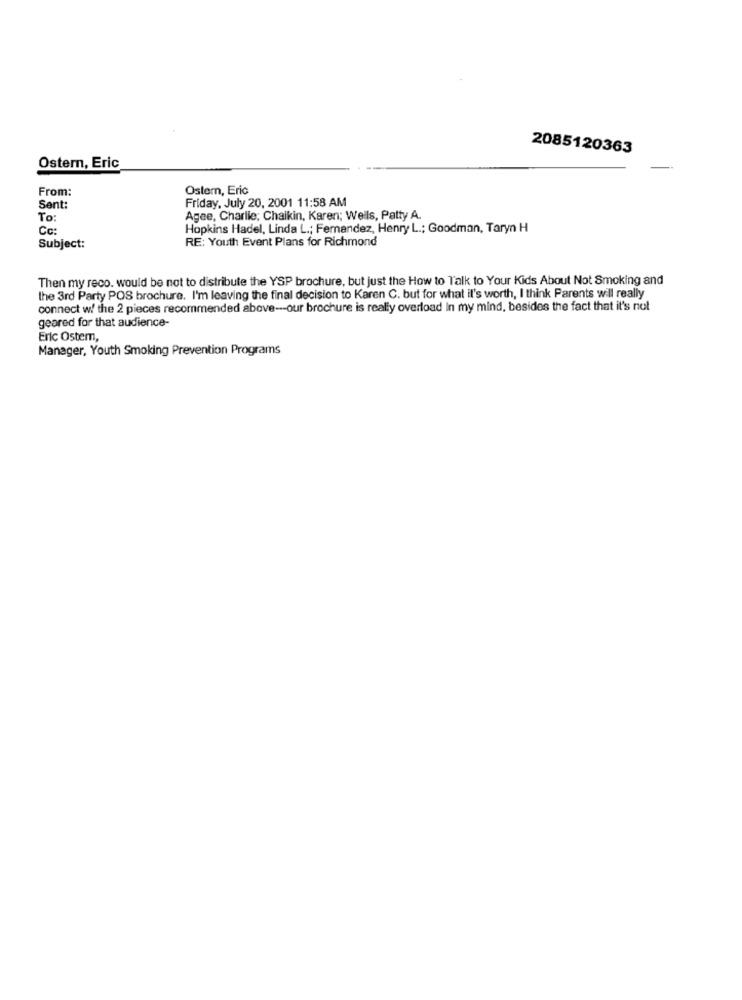
2085120363
Ostern, Eric
From:
Ostern, Eric
Friday, July 20, 2001 11:58 AM
Sent:
To
Agee, Charlie; Chaikin, Karen; Wells, Patty A.
Cc:
Hopkins Hadel, Linda L .; Fernandez, Henry L .; Goodman, Taryn H
RE: Youth Event Plans for Richmond
Subject:
Then my reco. would be not to distribute the YSP brochure, but just the How to Talk to Your Kids About Not Smoking and
the 3rd Party POS brochure. I'm leaving the final decision to Karen C. but for what it's worth, I think Parents will really
connect w/ the 2 pieces recommended above -- our brochure is really overload In my mind, besides the fact that it's not
geared for that audience-
Eric Ostem,
Manager, Youth Smoking Prevention Programs